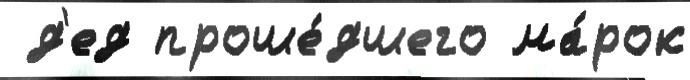
 д'ед проше́дшего ма́рок